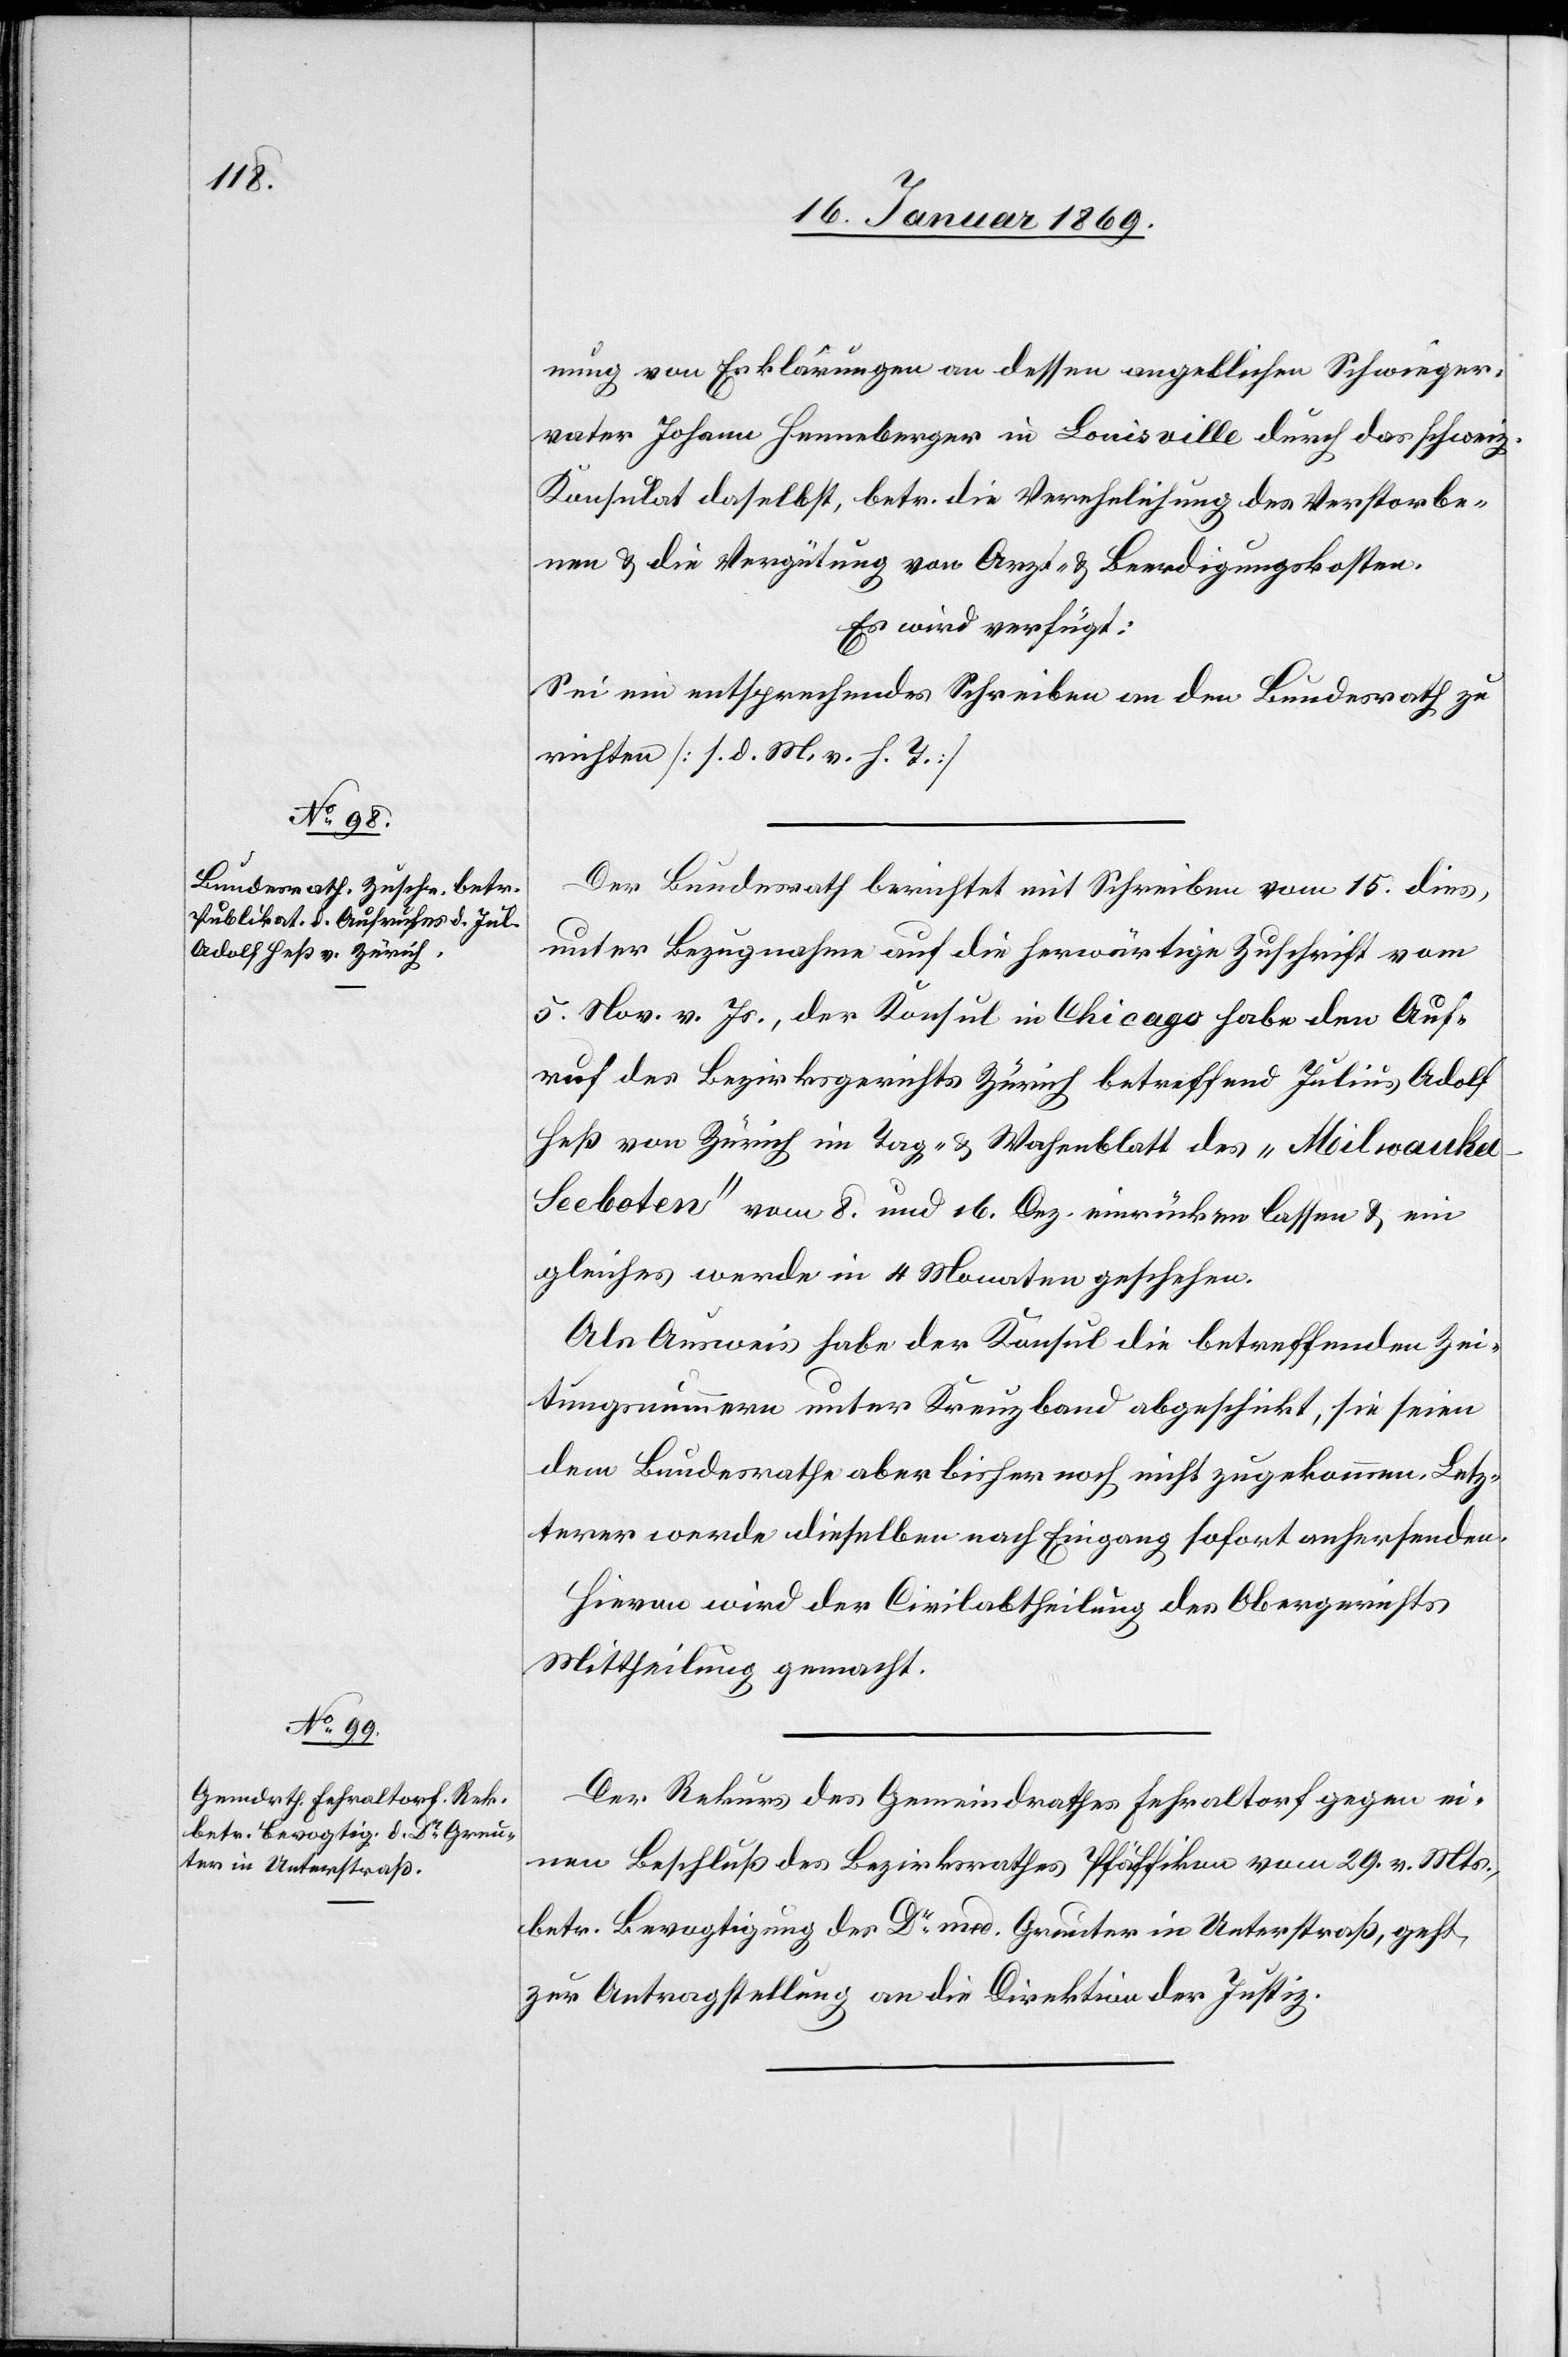
18. Januar 1869.]
nung von Erklärungen an dessen angeblichen Schwieger¬
vater Johann Henneberger in Louisville [sic!] durch das schweiz.
Konsulat daselbst, betr. die Verehelichung des Verstorbe¬
nen u. die Vergütung von Arzt- u. Beerdigungskosten.
Es wird verfügt:
Sei ein entsprechendes Schreiben an den Bundesrath zu
richten [l. M. v. h. T]
Der Bundesrath berichtet mit Schreiben vom 15. dies,
unter Bezugnahme auf die herwärtige Zuschrift vom
5. Nov. d. Js, der Konsul in Chicago habe den Auf¬
ruf des Bezirksgerichtes Zürich betreffend Julius Adolf
Heß von Zürich im Tag- u. Wochenblatt des „Milwauke¬
e-Seeboten“ vom 8. und 16. Dez. einrücken lassen u. ein
gleiches werde in 4 Monaten geschehen.
Als Ausweis habe der Konsul die betreffenden Zei¬
tungsnummern unter Kreuzband abgeschickt, sie seien
dem Bundesrathe aber bisher noch nicht zugekommen. Letz¬
terer werde dieselben nach Eingang sofort anhersenden.
Hievon wird der Civilabtheilung des Obergerichtes
Mittheilung gemacht.
Der Rekurs des Gemeindrathes Fehraltorf gegen ei¬
nen Beschluß des Bezirksrathes Pfäffikon vom 29. v. Mts.,
betr. Bevogtigung des Dr med. Greuter in Unterstraß, geht
zur Antragstellung an die Direktion der Justiz.